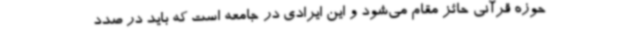
حوزه قرآنی حائز مقام می‌شود و این ایرادی در جامعه است که باید در صدد